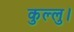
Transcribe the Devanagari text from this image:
कुल्‍लु।